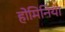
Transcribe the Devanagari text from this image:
होमिनिया